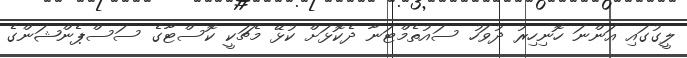
ލީގުގައި އަންނަ ހޮނިހިރު ދުވަހު ސައުތެމްޓަނާ ދެކޮޅަށް ކުޅޭ މެޗަކީ ކޮސްޓާގެ ސަސްޕެންޝަންގެ